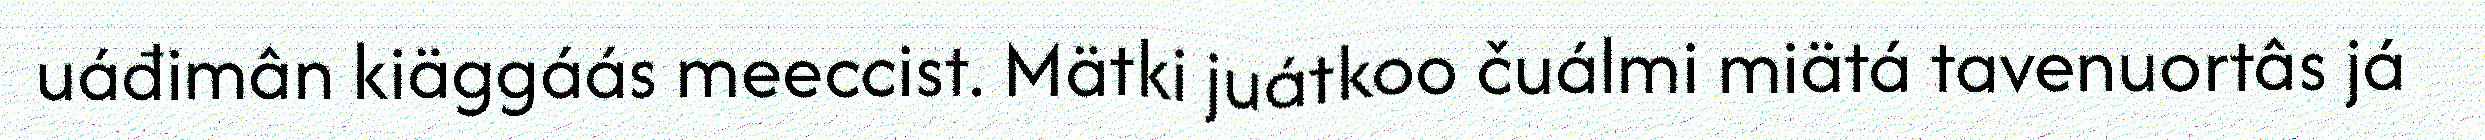
uáđimân kiäggáás meeccist. Mätki juátkoo čuálmi miätá tavenuortâs já